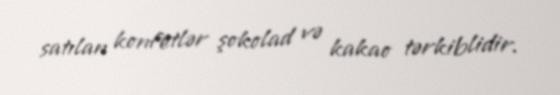
satılan konfetlər şokolad və kakao tərkiblidir.